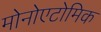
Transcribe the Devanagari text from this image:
मोनोएटोमिक